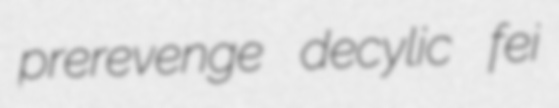
prerevenge decylic fei